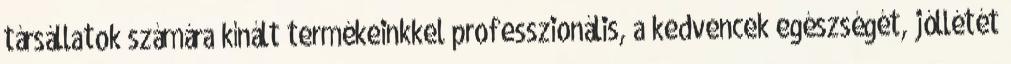
társállatok számára kínált termékeinkkel professzionális, a kedvencek egészségét, jóllétét